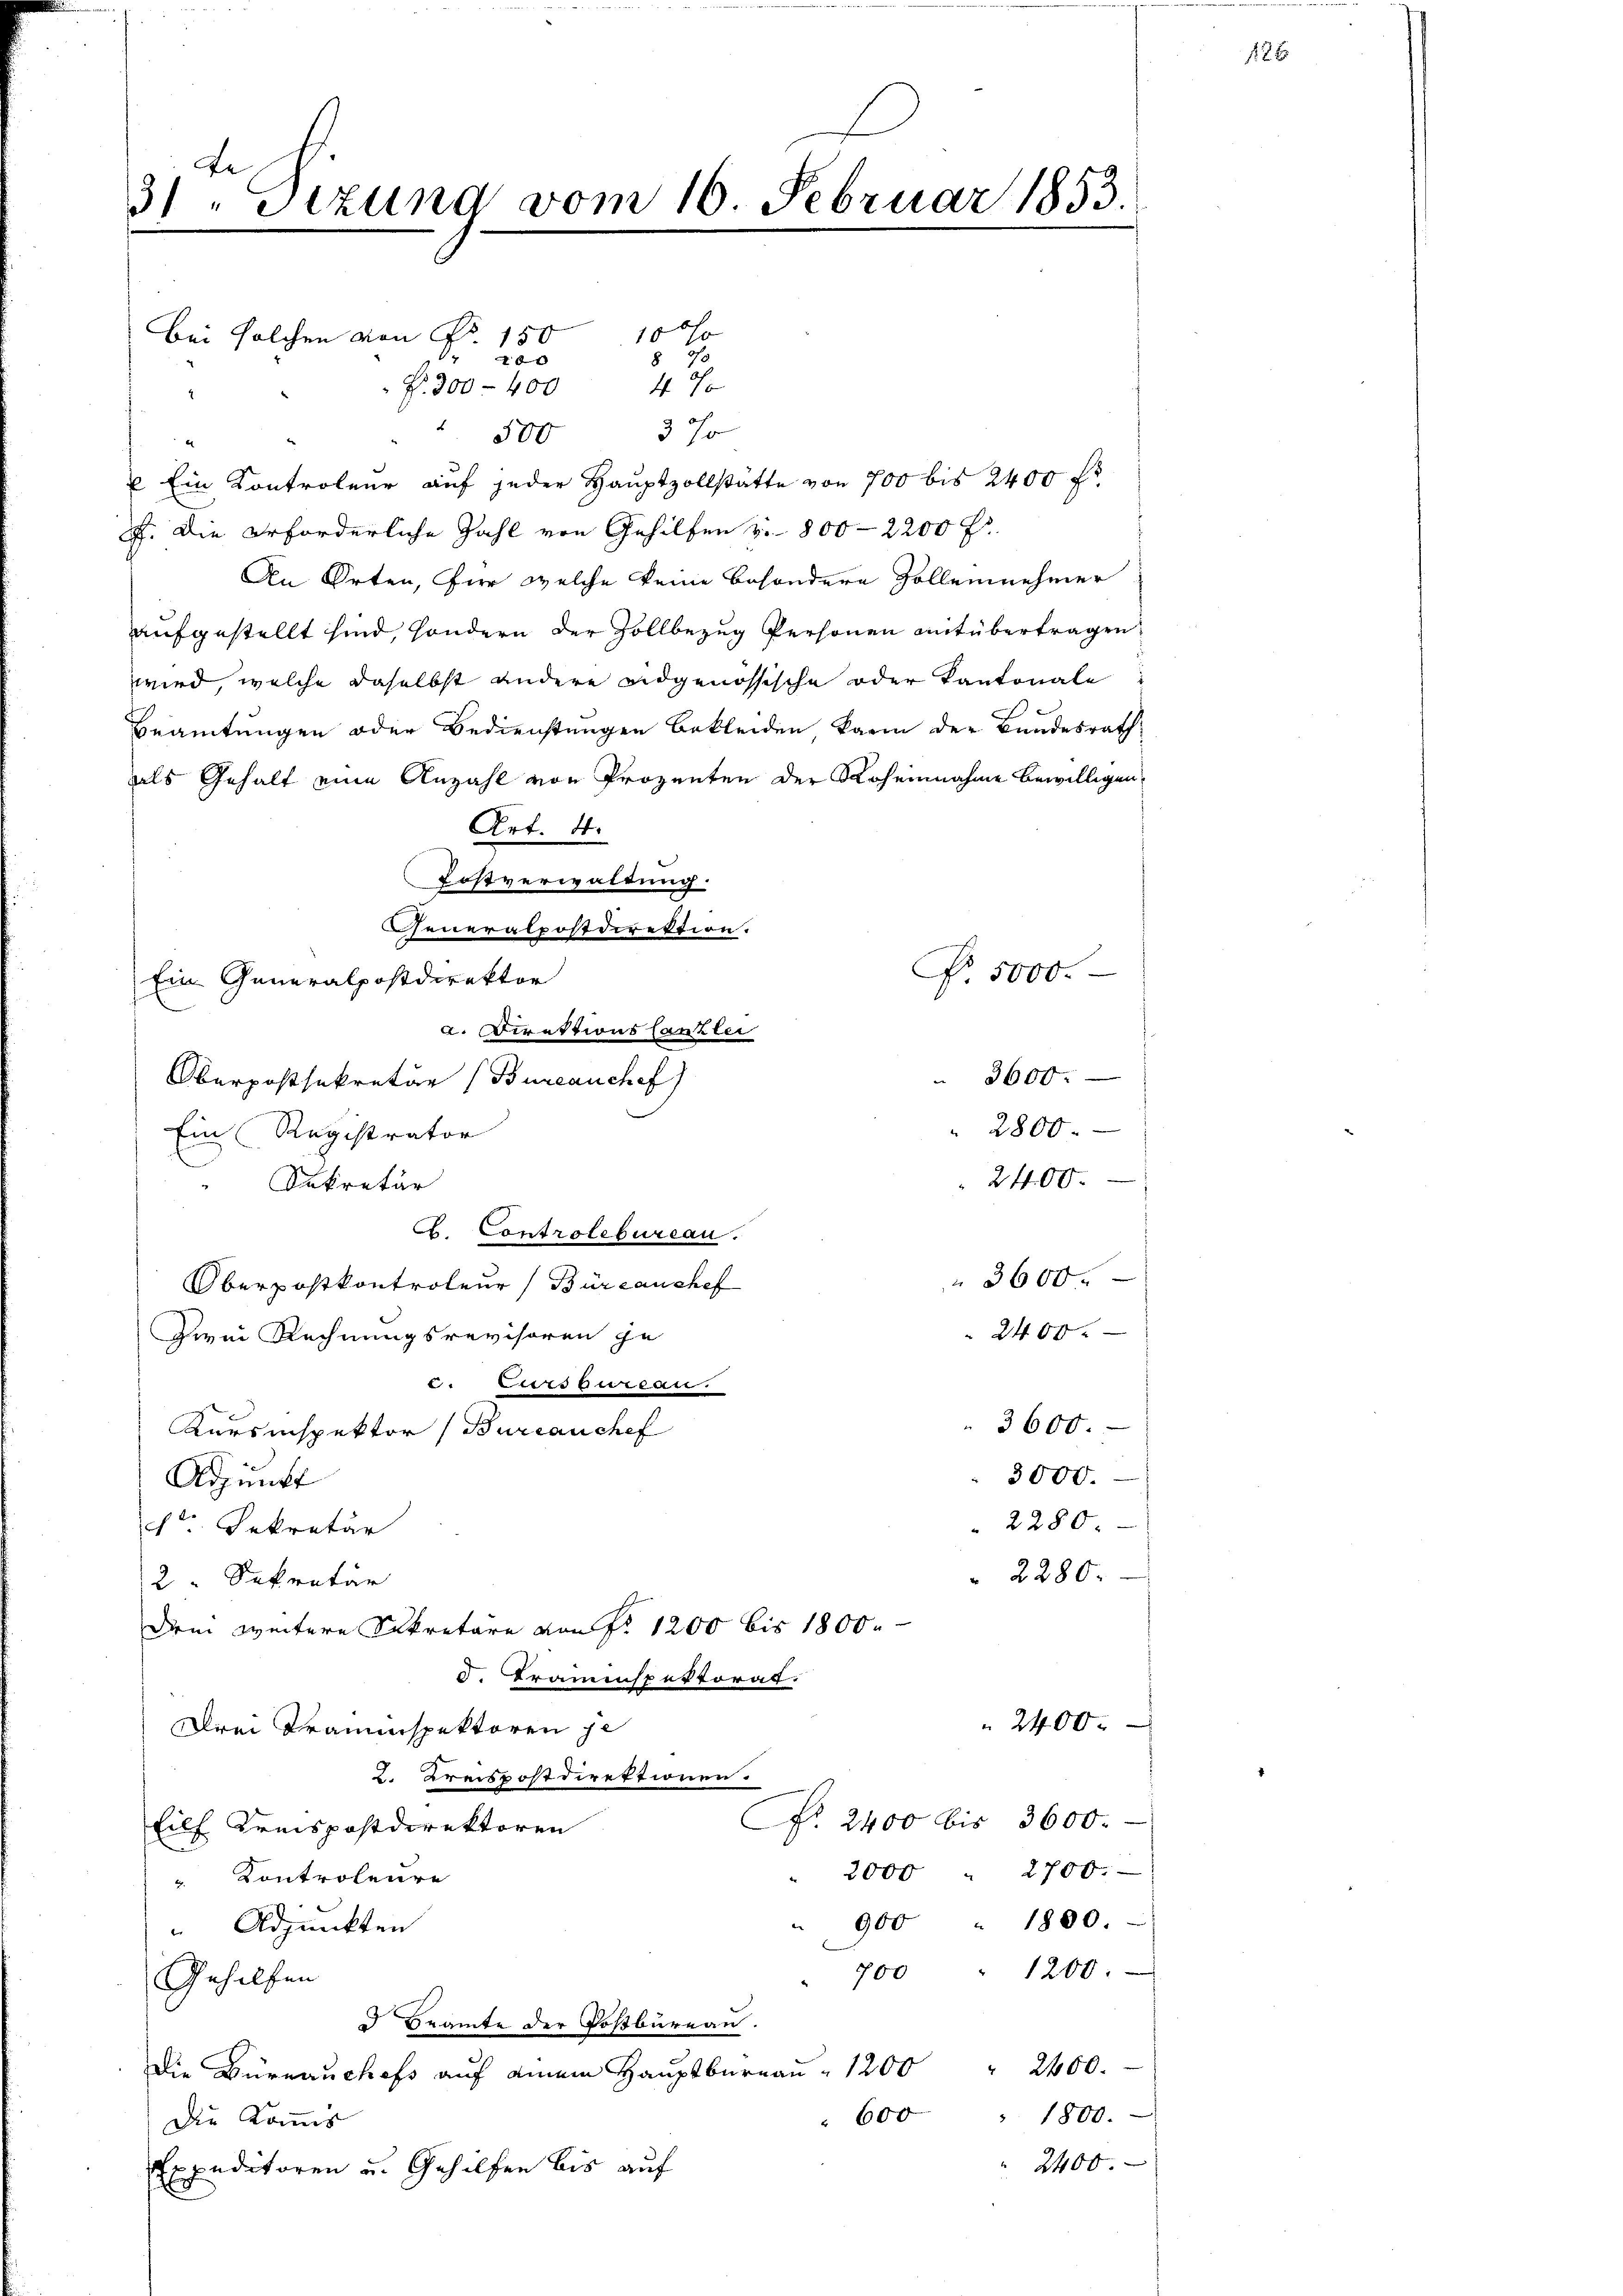
te
3/ "Sizund vom 16. Februar 1853.

Bei solchen von Nr. 150 10 0
100
§ 50
Fr. 300 - 400 47
2
3 Jo
 500
d
 Ein Kontroleur auf jeder Hauptzollstätte von 700 bis 2400 fr
F. Die erforderliche Zahl von Gehilfen u. 800 — 2200 f
An Orten, für welche keine besondere Zollennehmer
aufgestellt sind, sondern der Zollbezug Personen mit übertragen
wird, welche daselbst andere eidgenössische oder Kantonale
Beamtungen oder Bedienstungen bekleiden, karin der Bundesrath,
als Gehalt eine Anzahl von Prozenten der Roheinnahme bewilligen,
Art. 4.
Postverwaldung
No. 5000.
3600.
2800.
Ein Registrator
Oberpostkontroleur (Büreaushef
2400.
Zwei Rechnungsrevisoren ge
Berts gerege
3600.
Kursinspektor (Bureauchef
3000.
Adpunkt
2280.
pr. Sekretär
2280.
2 Sekretär
Drei weitere Sekretäre von Fr. 1200 bis 1800.
d Kramenspektorat.
2400
Drei Trauenspektoren je
2. Kreispostdirektionen.
NNo. 2400 bis 3600.
Eilf Kreispostdirektoren
" 2000 " 2700.
 Kontroleure
900 " 1800.
Adjunkten
700 " 1200.
Gehilfen
d Beamte der Postbureau.
Die Büreaŭchefs aŭf einem Haŭptbüreaŭ " 1200 " 2400.
1800.
600
Die Kommis
2400.
Expeditoren u. Gehilfen bis auf

Generalpostdirektion.
Ein Generalpostdirektor
a. Direktions Canzler
Oberpostsekretär (Bureauchef)
Iekretär
. Controlebureau.

2400.

3600.

12 x